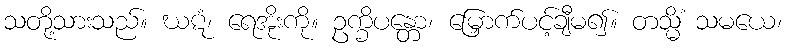
သတို့သားသည်။ ဃဋံ၊ ရေအိုးကို။ ဥက္ခိပန္တော၊ မြှောက်ပင့်ချီမ၍။ တသ္မိံ သမယေ၊